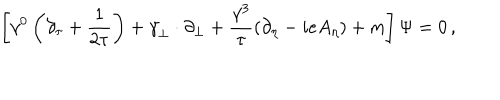
\left[ \gamma ^ { 0 } \left( \partial _ { \tau } + { \frac { 1 } { 2 \tau } } \right) + { \bf \gamma } _ { \perp } \cdot \partial _ { \perp } + { \frac { \gamma ^ { 3 } } { \tau } } ( \partial _ { \eta } - i e A _ { \eta } ) + m \right] \Psi = 0 \, ,